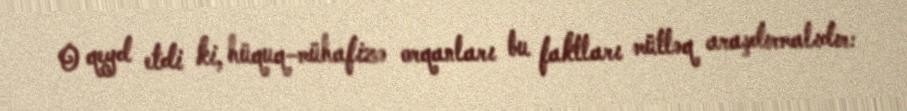
O qeyd etdi ki, hüquq-mühafizə orqanları bu faktları mütləq araşdırmalıdır: